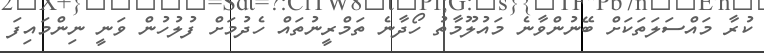
ކުރާ މައްސަލަތަކަށް ބޭނުންވާނެ މައުލޫމާތު ހޯދާނެ ތަމްރީނުތައް ހެދުމަށް ފުލުހުން ވަނީ ނިންމައިފަ